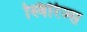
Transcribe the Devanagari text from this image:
स्विरिज्स